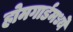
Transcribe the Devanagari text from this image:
होमगार्डमध्ये